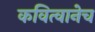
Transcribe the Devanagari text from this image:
कवित्वानेच